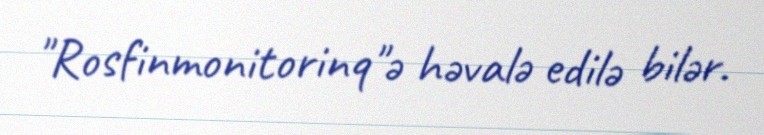
"Rosfinmonitorinq"ə həvalə edilə bilər.